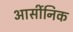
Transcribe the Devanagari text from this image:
आर्सीनिक